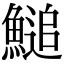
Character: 𩺬